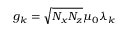
g _ { \boldsymbol k } = \sqrt { N _ { x } N _ { z } } \mu _ { 0 } \lambda _ { \boldsymbol k }